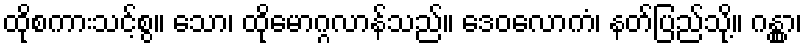
ထိုစကားသင့်စွ။ သော၊ ထိုမောဂ္ဂလာန်သည်။ ဒေဝလောကံ၊ နတ်ပြည်သို့။ ဂန္တွာ၊